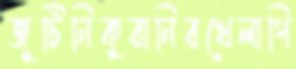
জুটিনিকুরানিরখেলাপি